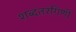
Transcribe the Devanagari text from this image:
शब्दतरंगिणी